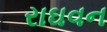
રાઘવન